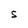
Character: S